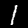
Digit: 1